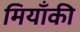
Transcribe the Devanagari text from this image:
मियाँकी